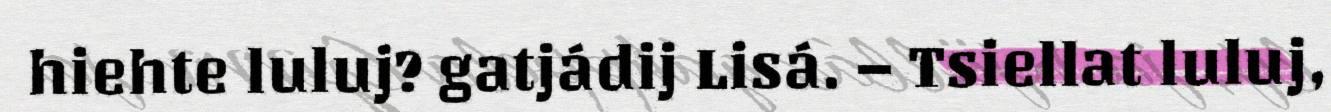
hiehte luluj? gatjádij Lisá. – Tsiellat luluj,